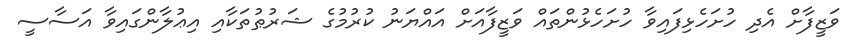
ވަޒީފާށް އެދި ހުށަހެޅިފައިވާ ހުށަހެޅުންތައް ވަޒީފާއަށް އައްޔަނު ކުރުމުގެ ޝަރުޠުތަކާއި އިޢުލާންގައިވާ އަސާސީ